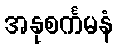
အနုစင်္ကမနံ